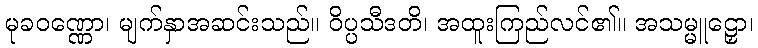
မုခဝဏ္ဏော၊ မျက်နှာအဆင်းသည်။ ဝိပ္ပသီဒတိ၊ အထူးကြည်လင်၏။ အသမ္မူဠှော၊